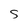
Character: S